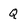
Character: Q